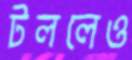
টললেও